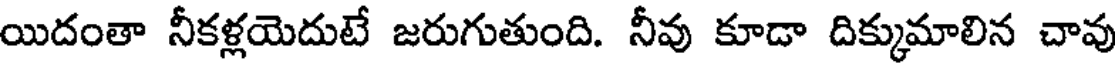
యిదంతా నీకళ్లయెదుటే జరుగుతుంది. నీవు కూడా దిక్కుమాలిన చావు